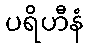
ပရိဟီနံ